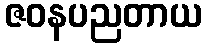
ဇဝနပညတာယ